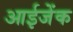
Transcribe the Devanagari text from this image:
आईजेंक